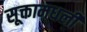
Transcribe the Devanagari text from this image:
सूक्तामधली